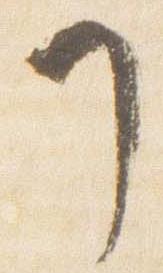
了